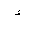
Letter: _hamza